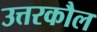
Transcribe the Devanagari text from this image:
उत्तरकौल